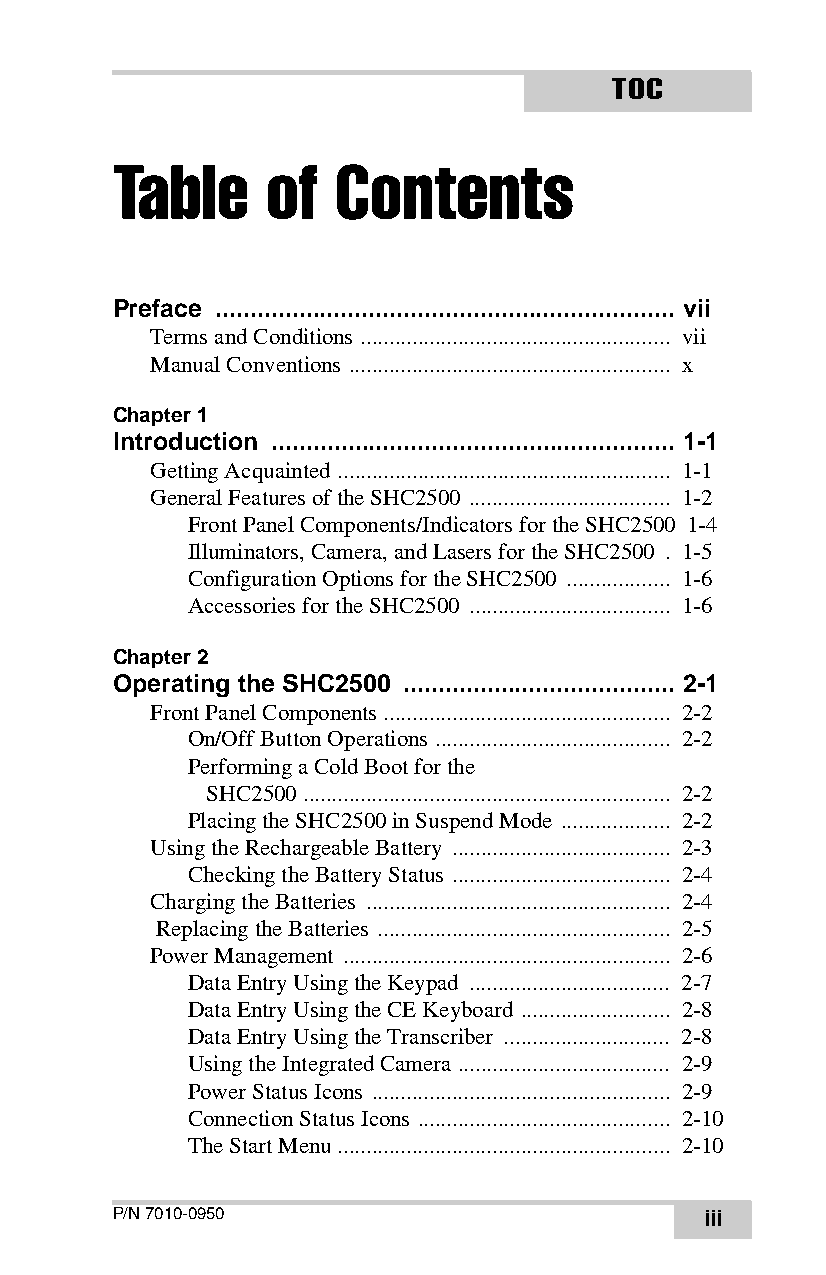
TOC
 Table      of  Contents
 Preface .................................................................. vii
 Terms and Conditions ...................................................... vii
 Manual Conventions ........................................................ x
 Chapter 1
 Introduction .......................................................... 1-1
 Getting Acquainted .......................................................... 1-1
 General Features of the SHC2500 ................................... 1-2
 Front Panel Components/Indicators for the SHC2500 1-4
 Illuminators, Camera, and Lasers for the SHC2500 . 1-5
 Configuration Options for the SHC2500 .................. 1-6
 Accessories for the SHC2500 ................................... 1-6
 Chapter 2
 Operating the SHC2500 ....................................... 2-1
 Front Panel Components .................................................. 2-2
 On/Off Button Operations ......................................... 2-2
 Performing a Cold Boot for the
 SHC2500 ................................................................ 2-2
 Placing the SHC2500 in Suspend Mode ................... 2-2
 Using the Rechargeable Battery ...................................... 2-3
 Checking the Battery Status ...................................... 2-4
 Charging the Batteries ..................................................... 2-4
 Replacing the Batteries ................................................... 2-5
 Power Management ......................................................... 2-6
 Data Entry Using the Keypad ................................... 2-7
 Data Entry Using the CE Keyboard .......................... 2-8
 Data Entry Using the Transcriber ............................. 2-8
 Using the Integrated Camera ..................................... 2-9
 Power Status Icons .................................................... 2-9
 Connection Status Icons ............................................ 2-10
 The Start Menu .......................................................... 2-10
 P/N 7010-0950                           iii